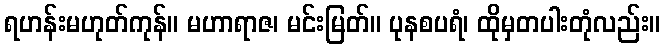
ရဟန်းမဟုတ်ကုန်။ မဟာရာဇ၊ မင်းမြတ်။ ပုနစပရံ၊ ထိုမှတပါးတုံလည်း။